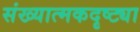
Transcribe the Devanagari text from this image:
संख्यात्मकदृष्ट्या